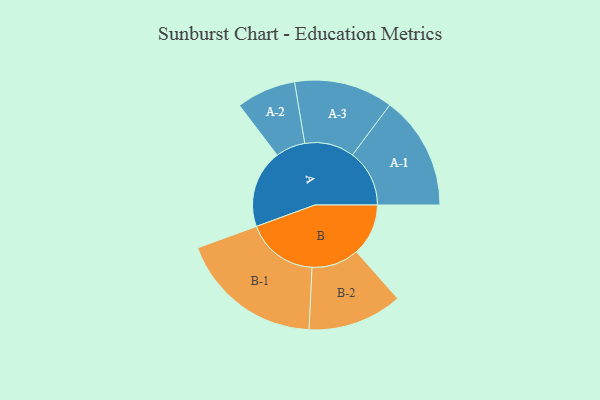
{"axis": {"x": "Segment", "y": "Value"}, "legend": ["", "A", "B"], "data": [{"x": "A", "y": 323, "type": ""}, {"x": "B", "y": 215, "type": ""}, {"x": "A-1", "y": 236, "type": "A"}, {"x": "A-2", "y": 123, "type": "A"}, {"x": "A-3", "y": 205, "type": "A"}, {"x": "B-1", "y": 298, "type": "B"}, {"x": "B-2", "y": 196, "type": "B"}]}